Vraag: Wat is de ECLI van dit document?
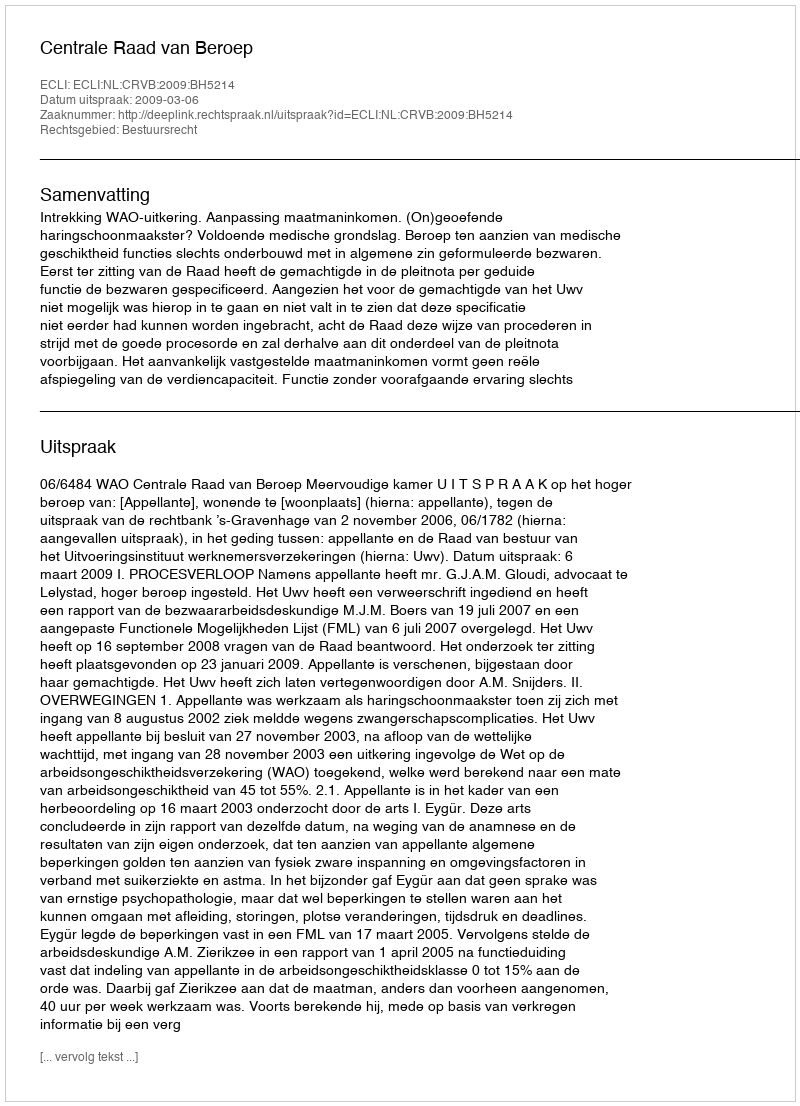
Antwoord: ECLI:NL:CRVB:2009:BH5214